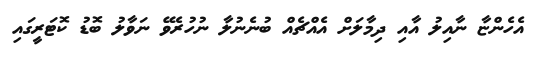
އެހެންޏާ ނާއިލު އާއި ދިމާލަށް އެއްޗެއް ބުނެނުލާ ނުހުރެވޭ ނަވާލު ބޮޑު ކޮޓަރީގައި